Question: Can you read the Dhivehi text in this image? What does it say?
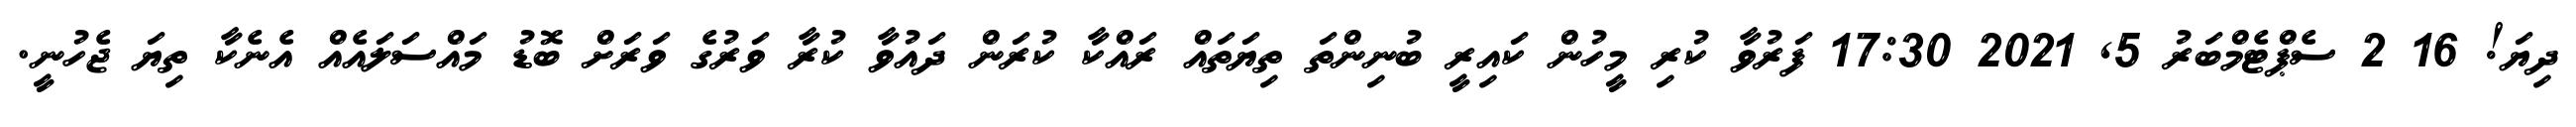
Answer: ދިޔަ! 16 2 ސެޕްޓެމްބަރު 5, 2021 17:30 ފަރުވާ ކުރި މީހުން ކައިރީ ބުނިންތަ ތިޔަތައް ރައްކާ ކުރަން ދައުވާ ކުރާ ވަރުގެ ވަރަށް ބޮޑު މައްސަލައެއް އެނެކާ ތިޔަ ޖެހުނީ.